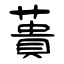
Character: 蕢